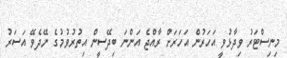
މިނިސްޓަރު ވިދާޅުވީ އަހަރުން އަހަރަށް ރާއްޖެ އަންނަ ބިދޭސީން އިތުރުވުމުގެ ނޭދެވޭ އަސަރު